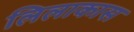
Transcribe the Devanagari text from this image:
लिलाकास